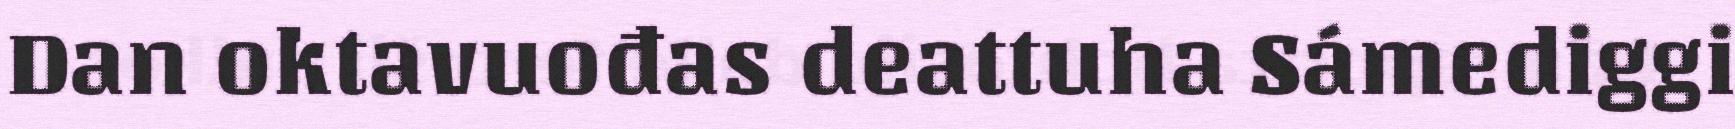
Dan oktavuođas deattuha Sámediggi